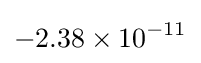
-2.38\times 10^{-11}